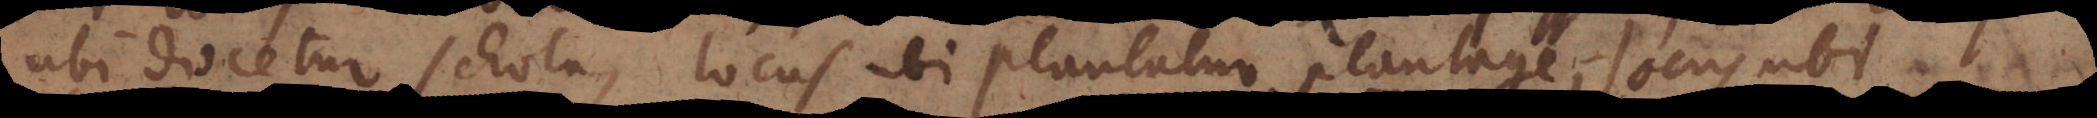
ubi docetur schola, locus ubi plantatur plantage, locus ubi